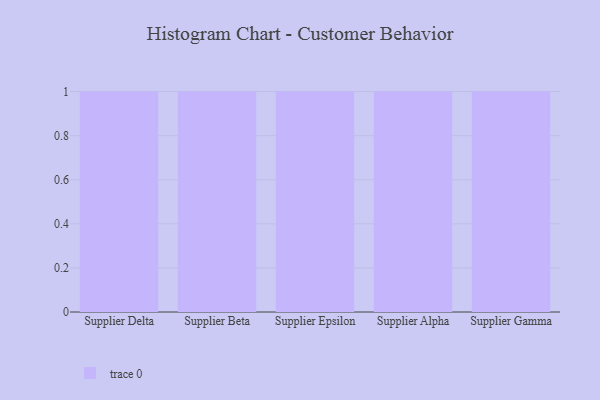
{"axis": {"x": "Supplier", "y": "Shipments"}, "legend": [""], "data": [{"x": "Supplier Delta", "y": 27, "type": ""}, {"x": "Supplier Beta", "y": 77, "type": ""}, {"x": "Supplier Epsilon", "y": 15, "type": ""}, {"x": "Supplier Alpha", "y": 21, "type": ""}, {"x": "Supplier Gamma", "y": 58, "type": ""}]}